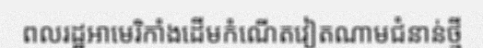
ពលរដ្ឋអាមេរិកាំងដើមកំណើតវៀតណាមជំនាន់ថ្មី